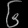
Digit: ၆